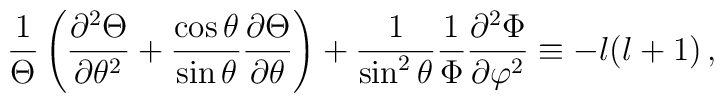
{1\over \Theta}\left({\partial^2\Theta \over \partial\theta^2} +{\cos\theta \over \sin\theta}{\partial\Theta \over \partial\theta}\right)+{1\over \sin^2\theta}{1\over \Phi}{\partial^2\Phi \over\partial\varphi^2}\equiv -l(l+1)\,,